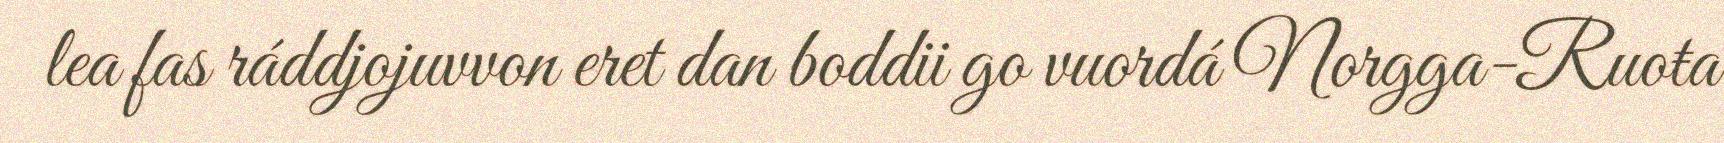
lea fas ráddjojuvvon eret dan boddii go vuordá Norgga-Ruoŧa